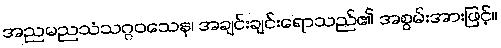
အညမညသံသဂ္ဂဝသေန၊ အချင်းချင်းရောသည်၏ အစွမ်းအားဖြင့်။